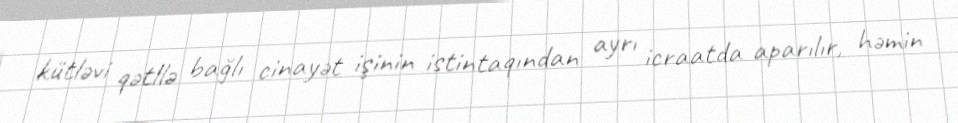
kütləvi qətllə bağlı cinayət işinin istintaqından ayrı icraatda aparılır, həmin